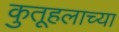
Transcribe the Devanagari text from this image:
कुतूहलाच्या